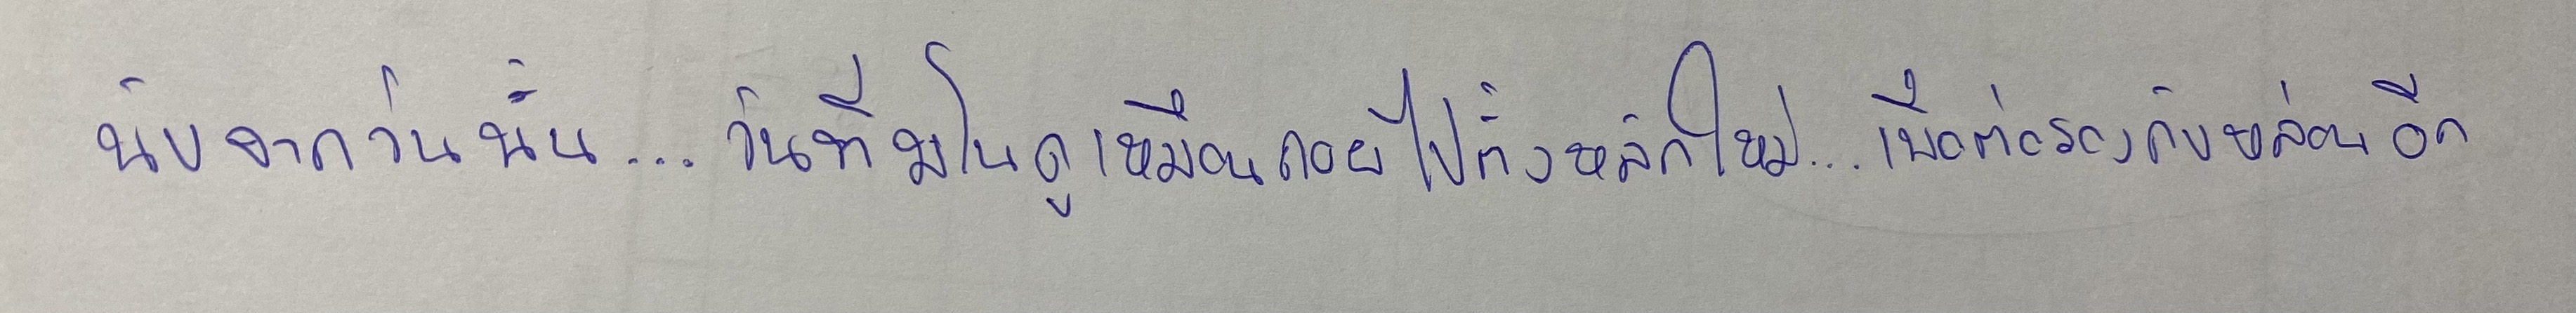
นับจากวันนั้น...วันที่มโนดูเหมือนจะถอยไปตั้งหลักใหม่...เพื่อรอต่อรองกับหล่อนอีก